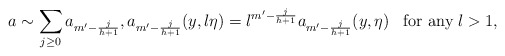
\begin{align*}a\sim\sum_{j\geq 0}a_{m'-\frac{j}{h+1}},a_{m'-\frac{j}{h+1}}(y,\l\eta)=\l^{m'-\frac{j}{h+1}}a_{m'-\frac{j}{h+1}}(y,\eta)\;\; \;\textrm{for any}\; \l>1,\end{align*}